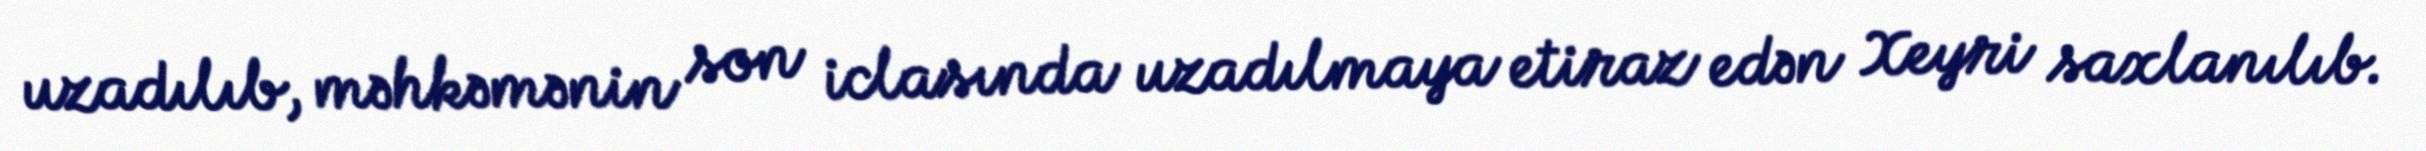
uzadılıb, məhkəmənin son iclasında uzadılmaya etiraz edən Xeyri saxlanılıb.